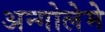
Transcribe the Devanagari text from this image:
अन्गोलेमे